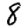
Digit: 8